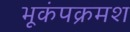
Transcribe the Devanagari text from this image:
भूकंपक्रमश